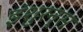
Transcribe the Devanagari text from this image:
इंशुरन्स